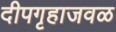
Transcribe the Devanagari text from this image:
दीपगृहाजवळ